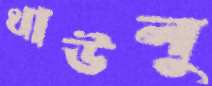
থাউলু